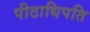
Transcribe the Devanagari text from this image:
पीठाधिपति